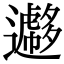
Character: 𨘮